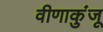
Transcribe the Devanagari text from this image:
वीणाकुंजू